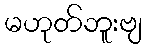
မဟုတ်ဘူးဗျ